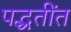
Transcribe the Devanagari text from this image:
पद्धतींत